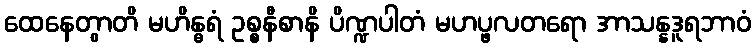
ထေနေတွာတိ မဟိန္ဓရံ ဥစ္စနီစာနိ ပိဏ္ဍပါတံ မဟပ္ဖလတရော အာသန္နဒူရဘာဝံ